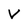
Character: V